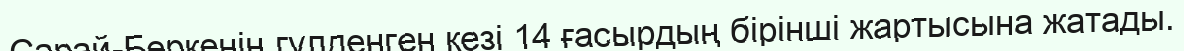
Сарай-Беркенің гүлденген кезі 14 ғасырдың бірінші жартысына жатады.